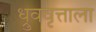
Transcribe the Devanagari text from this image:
ध्रुववृत्ताला